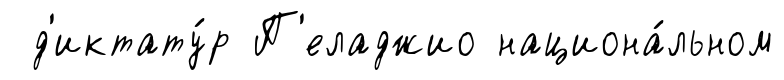
д'иктату́р П'еладжио национа́льном